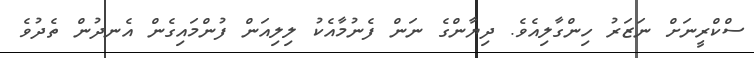
ސްކްރީނަށް ނަޒަރު ހިންގާލިއެވެ. ދިޔާންގެ ނަން ފެނުމާއެކު ލިލިއަން ފުންމައިގެން އެނދުން ތެދުވެ